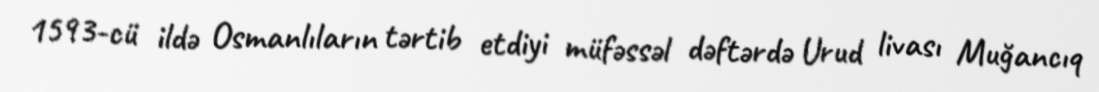
1593-cü ildə Osmanlıların tərtib etdiyi müfəssəl dəftərdə Urud livası Muğancıq